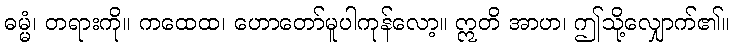
ဓမ္မံ၊ တရားကို။ ကထေထ၊ ဟောတော်မူပါကုန်လော့။ ဣတိ အာဟ၊ ဤသို့လျှောက်၏။